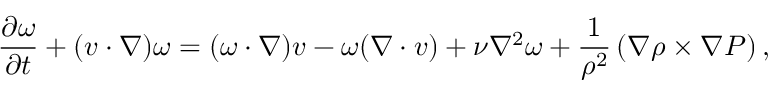
\frac { \partial \boldsymbol { \omega } } { \partial t } + ( \boldsymbol { v } \cdot \nabla ) \boldsymbol { \omega } = ( \boldsymbol { \omega } \cdot \nabla ) \boldsymbol { v } - \boldsymbol { \omega } ( \nabla \cdot \boldsymbol { v } ) + \nu \nabla ^ { 2 } \boldsymbol { \omega } + \frac { 1 } { \rho ^ { 2 } } \left( \nabla \rho \times \nabla P \right) ,